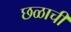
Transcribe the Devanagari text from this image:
छळाची